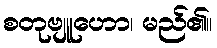
စတုဗျူဟော၊ မည်၏။